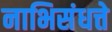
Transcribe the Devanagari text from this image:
नाभिसंधत्ते